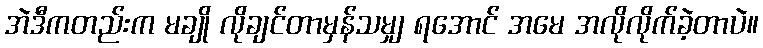
အဲဒီကတည်းက မချို လိုချင်တာမှန်သမျှ ရအောင် အမေ အလိုလိုက်ခဲ့တာပဲ။